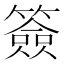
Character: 簽